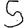
Digit: 5